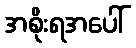
အစိုးရအပေါ်